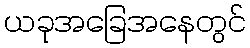
ယခုအခြေအနေတွင်